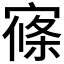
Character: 𡩢